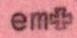
em+